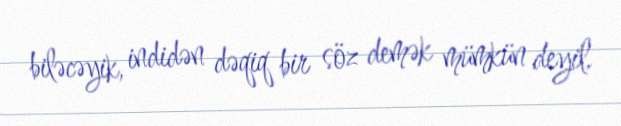
biləcəyik, indidən dəqiq bir söz demək mümkün deyil.